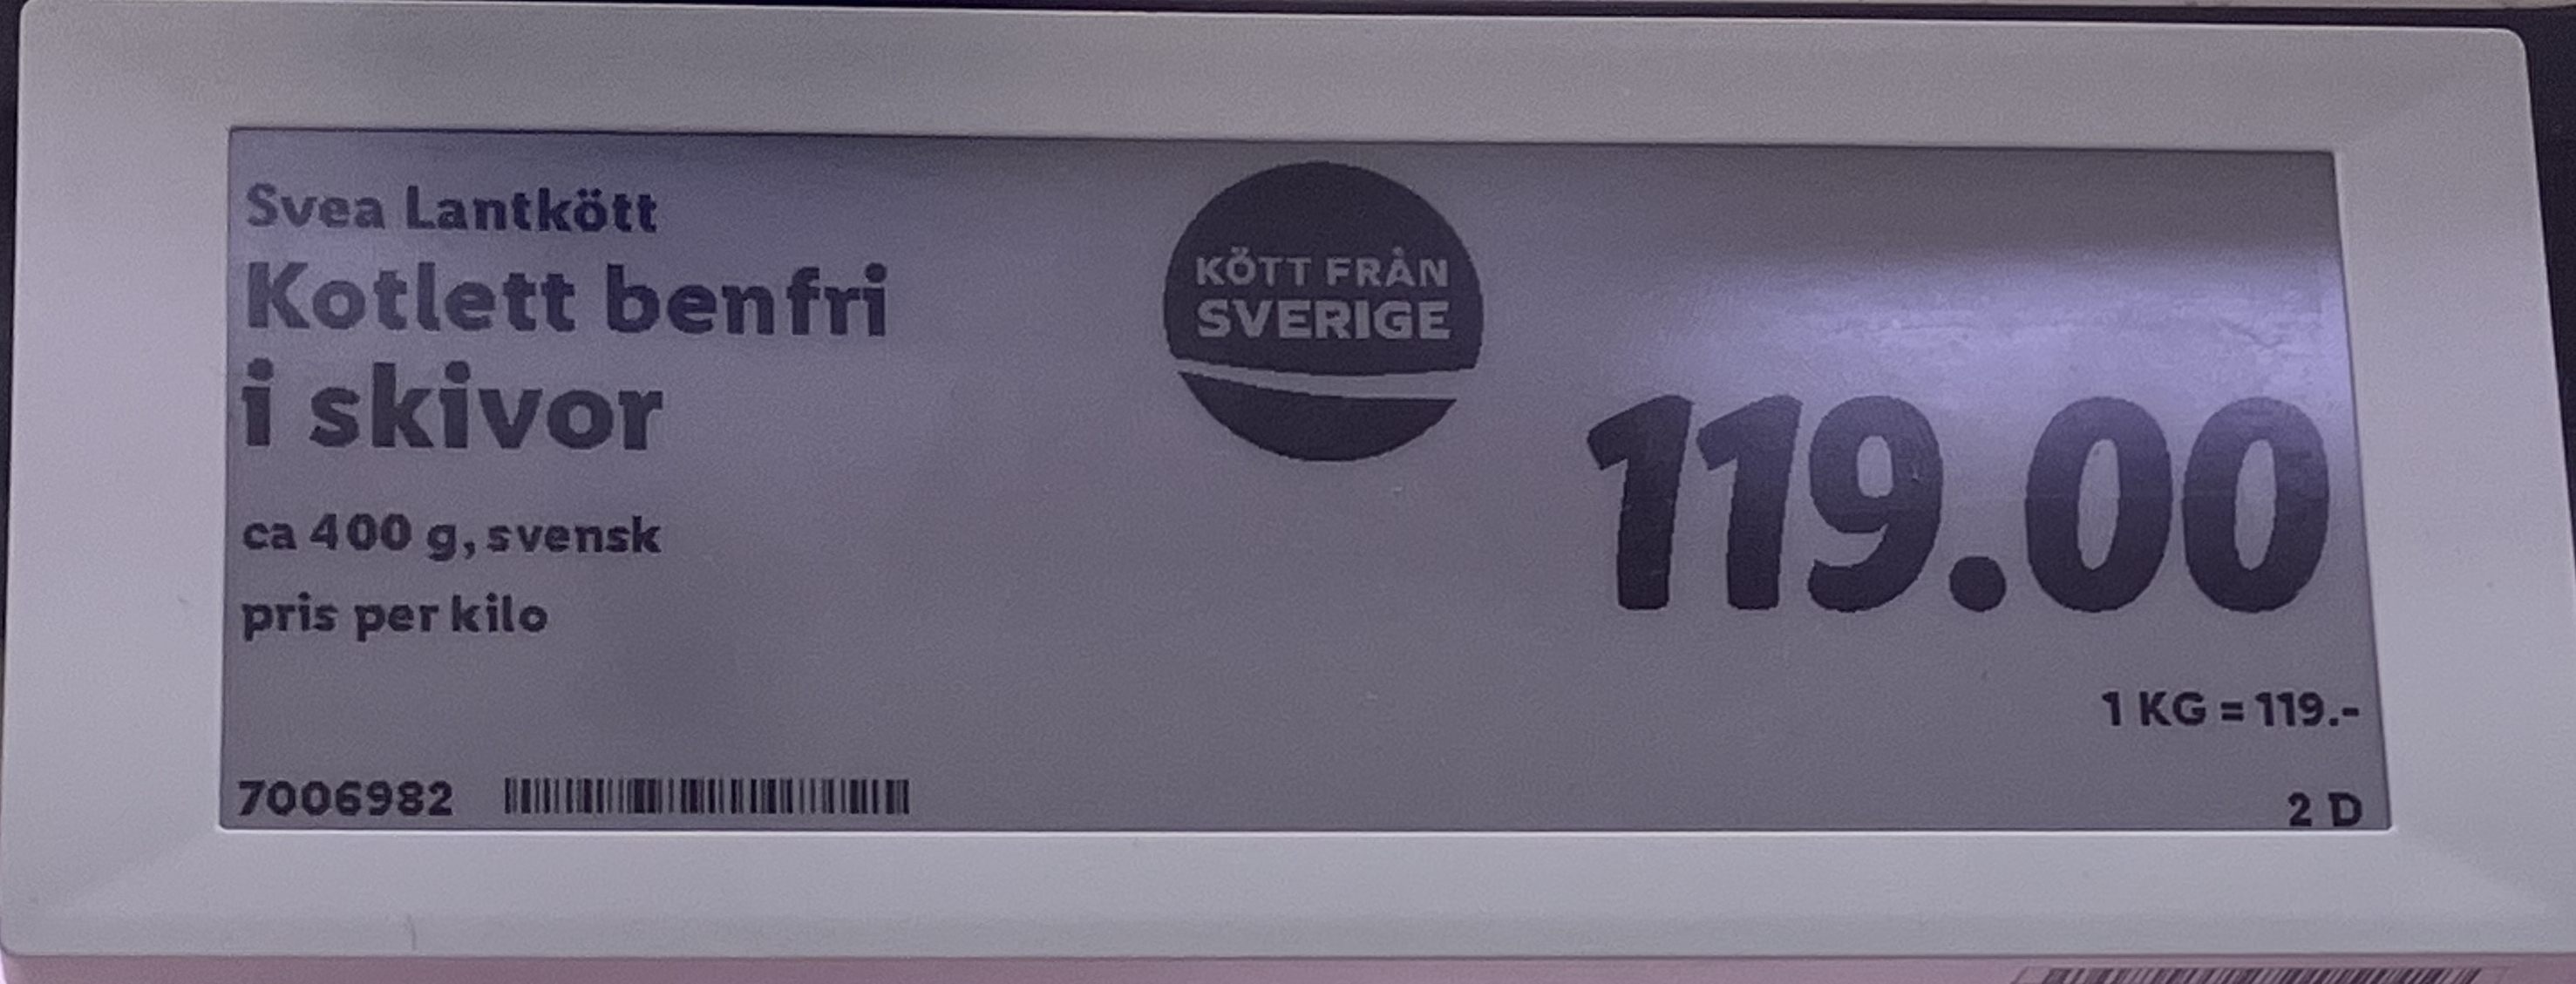
Vara: Kotlett benfri i skivor
Genomsnittspris: 119 per kg